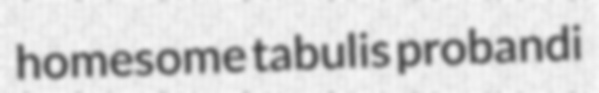
homesome tabulis probandi